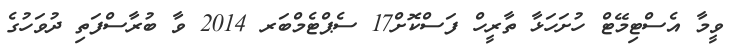
ވީމާ އެސްޓިމޭޓް ހުށަހަޅާ ތާރީހް ފަސްކޮށް17 ސެޕްޓެމްބަރ 2014 ވާ ބުރާސްފަތި ދުވަހުގެ